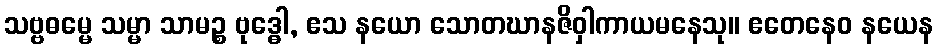
သဗ္ဗဓမ္မေ သမ္မာ သာမဉ္စ ဗုဒ္ဓေါ, ဧသ နယော သောတဃာနဇိဝှါကာယမနေသု။ ဧတေနေဝ နယေန